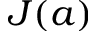
J ( a )